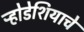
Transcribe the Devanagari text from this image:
र्‍होडेशियाचे